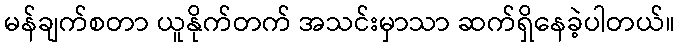
မန်ချက်စတာ ယူနိုက်တက် အသင်းမှာသာ ဆက်ရှိနေခဲ့ပါတယ်။